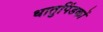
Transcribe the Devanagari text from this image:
धातुपिंडकों